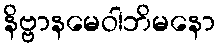
နိဗ္ဗာနမေဝါဘိမနော